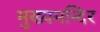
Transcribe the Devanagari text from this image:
मुख्यमन्दिर